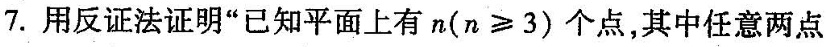
7.用反证法证明“已知平面上有$$n ( n ≥ 3 )$$个点，其中任意两点